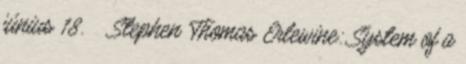
június 18. ↑ Stephen Thomas Erlewine: System of a